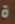
ة